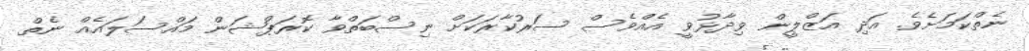
ނެތްކަމަށެވެ. އަދި އަޒްލީން ވިދާޅުވީ އެއްވެސް ސަރުކާރަކަށް ނިސްބަތްވާ ކޮރަޕްޝަން މައްސަލައެއް ނެތް